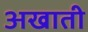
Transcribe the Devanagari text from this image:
अखाती